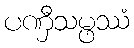
ပဏှီသမ္ဖဿံ